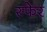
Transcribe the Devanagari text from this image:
स्फेर